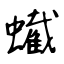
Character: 蠘